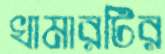
খামারটির